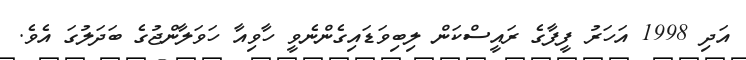
އަދި 1998 އަހަރު ފީފާގެ ރައީސްކަން ލިބިވަޑައިގެންނެވީ ހާވިއާ ހަވަލާންޖުގެ ބަދަލުގަ އެވެ.